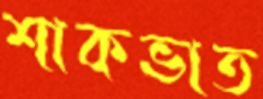
শাকভাত